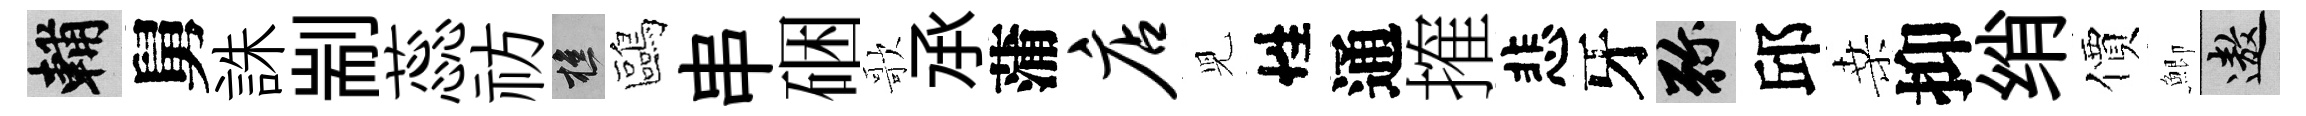
輔舅誅剬蕊祊樵鷗串硱歌𠄘蒲店児性通搉悲牙弥邱桑抑绡價鯽遨